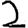
Digit: 2